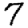
Digit: 7